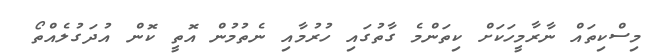
މިސްކިތައް ނާރާމީހަކަށް ކިތަންމެ ގާތުގައި ހުރުމާއި ނެތުމުން އޮތީ ކޮން އުދަގުލެއްތޯ